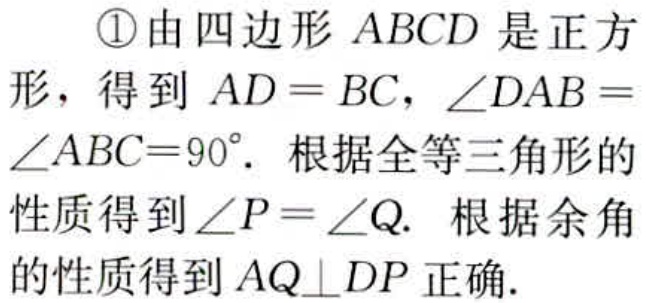
\textcircled{1}由四边形 \(ABCD\) 是正方形，得到 \(AD = BC\)，\(\angle DAB=\angle ABC = 90^{\circ}\). 根据全等三角形的性质得到 \(\angle P=\angle Q\). 根据余角的性质得到 \(AQ\perp DP\) 正确.